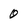
Character: 0